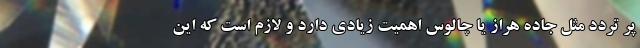
پر تردد مثل جاده هراز یا چالوس اهمیت زیادی دارد و لازم است که این